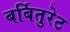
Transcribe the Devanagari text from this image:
बर्बितुरेट